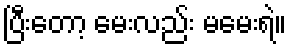
ပြီးတော့ မေးလည်း မမေးရဲ။